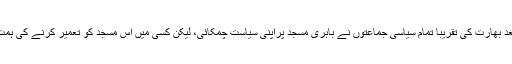
اس کے بعد بھارت کی تقریباً تمام سیاسی جماعتوں نے بابری مسجد پراپنی سیاست چمکائی، لیکن کسی میں اس مسجد کو تعمیر کرنے کی ہمت نہ ہوئی۔